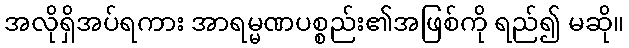
အလိုရှိအပ်ရကား အာရမ္မဏပစ္စည်း၏အဖြစ်ကို ရည်၍ မဆို။